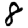
Digit: 8